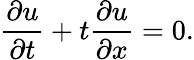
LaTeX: {\frac{\partial u}{\partial t}}+t{\frac{\partial u}{\partial x}}=0.